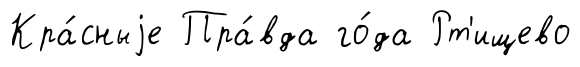
Кра́сныjе Пра́вда го́да Рт'ищево